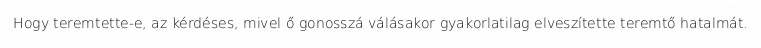
Hogy teremtette-e, az kérdéses, mivel ő gonosszá válásakor gyakorlatilag elveszítette teremtő hatalmát.